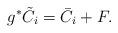
LaTeX: \begin{align*}g^{\ast}\tilde{C}_i=\bar{C}_i+F.\end{align*}